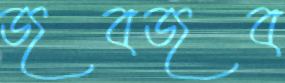
জবজব